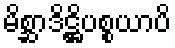
မိစ္ဆာဒိဋ္ဌိပစ္စယာပိ